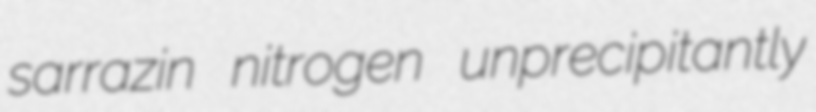
sarrazin nitrogen unprecipitantly